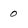
Character: o